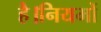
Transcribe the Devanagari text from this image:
है।नियमों